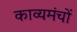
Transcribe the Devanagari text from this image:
काव्यमंचों